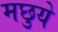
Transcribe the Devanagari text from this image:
मछुये